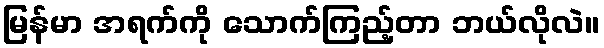
မြန်မာ အရက်ကို သောက်ကြည့်တာ ဘယ်လိုလဲ။